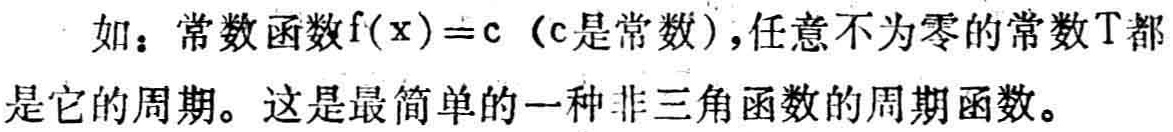
如：常数函数\(f(x)=c\)（\(c\)是常数），任意不为零的常数\(T\)都是它的周期。这是最简单的一种非三角函数的周期函数。